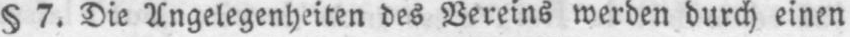
§ 7. Die Angelegenheiten des Vereins werden durch einen